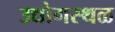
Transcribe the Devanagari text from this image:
उद्योगस्थळ